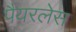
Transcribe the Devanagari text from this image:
पैयरलेस